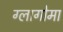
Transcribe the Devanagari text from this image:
ग्लागोमा